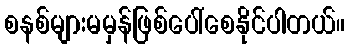
စနစ်များမမှန်ဖြစ်ပေါ်စေနိုင်ပါတယ်။